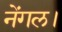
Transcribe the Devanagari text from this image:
नेंगल।